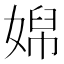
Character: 𡞭